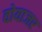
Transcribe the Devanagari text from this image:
वोयाजर